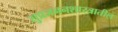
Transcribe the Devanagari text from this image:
सुप्रजननशास्त्रातील